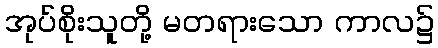
အုပ်စိုးသူတို့ မတရားသော ကာလ၌